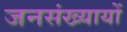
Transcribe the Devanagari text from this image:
जनसंख्यायों